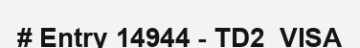
# Entry 14944 - TD2_VISA